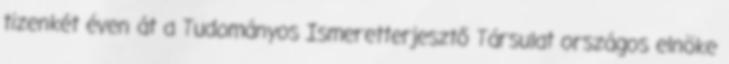
tizenkét éven át a Tudományos Ismeretterjesztő Társulat országos elnöke